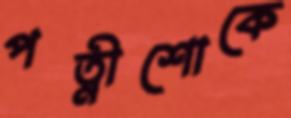
পত্নীশোকে